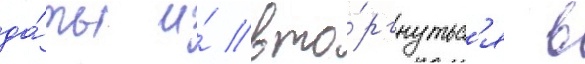
да́ты и́ вто́ргнутьс'я в